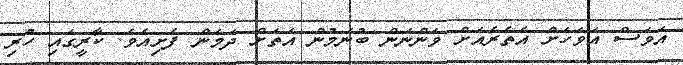
އަވަސް އަވަހަށް އެތެރެއަށް ވަންނަން ބުނަމުން އަތަށް ދަމަން ފެށިއެވެ. ކާރީގައި ހުރި